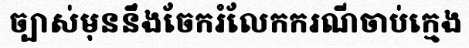
ច្បាស់មុននឹងចែករំលែកករណីចាប់ក្មេង